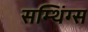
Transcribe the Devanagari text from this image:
सम्थिंग्स